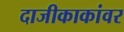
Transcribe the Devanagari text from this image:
दाजीकाकांवर